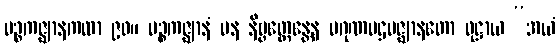
ပဉ္စကဇ္ဈာနကထာ ၉၀။ ပဉ္စကဇ္ဈာနံ ပန နိဗ္ဗတ္တေန္တေန ပဂုဏပဌမဇ္ဈာနတော ဝုဋ္ဌာယ “အယံ